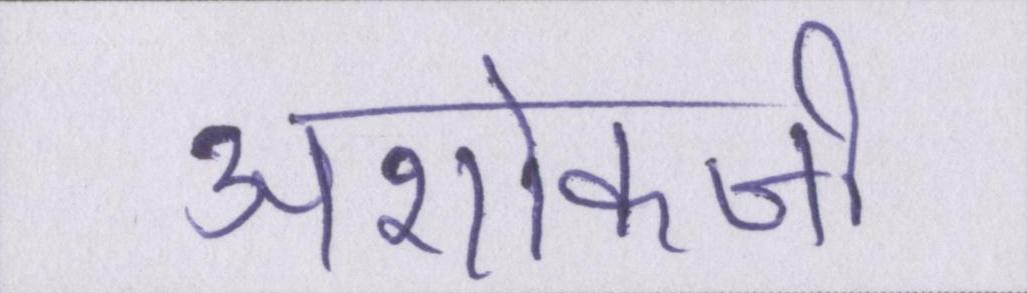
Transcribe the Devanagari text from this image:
अशोकजी